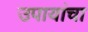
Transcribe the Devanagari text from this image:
उपायांचा